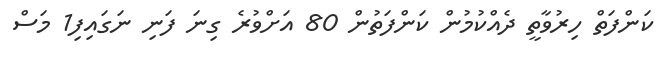
ކަންފަތް ހިރުވާތީ ދެއްކުުމުން ކަންފަތުން 80 އަށްވުރެ ގިނަ ފަނި ނަގައިފި1 މަސް